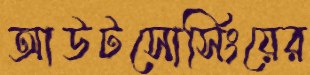
আউটসোর্সিংয়ের